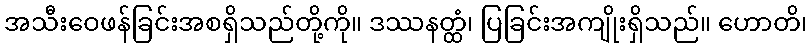
အသီးဝေဖန်ခြင်းအစရှိသည်တို့ကို။ ဒဿနတ္ထံ၊ ပြခြင်းအကျိုးရှိသည်။ ဟောတိ၊